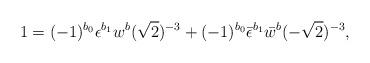
LaTeX: \begin{align*}1 = (-1)^{b_0} \epsilon^{b_1}w^{b} (\sqrt{2})^{-3} + (-1)^{b_0} \bar\epsilon^{b_1}\bar w^{b} (-\sqrt{2})^{-3},\end{align*}